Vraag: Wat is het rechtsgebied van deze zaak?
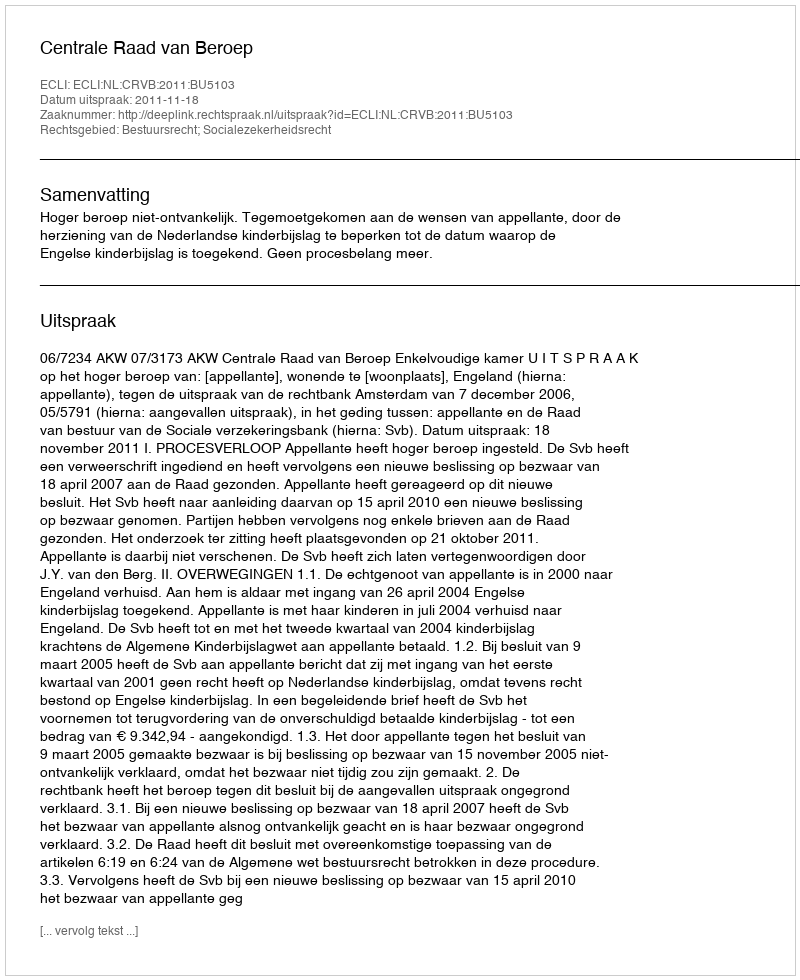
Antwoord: Bestuursrecht; Socialezekerheidsrecht